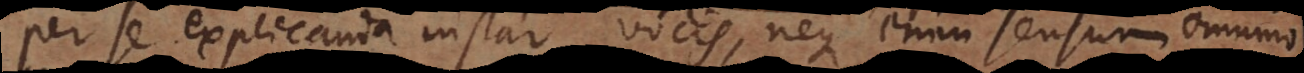
per se explicanda instar vocis, neque enim sensum omnino